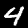
Label: 4